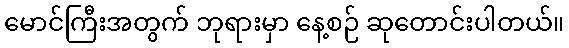
မောင်ကြီးအတွက် ဘုရားမှာ နေ့စဉ် ဆုတောင်းပါတယ်။